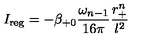
I _ { \mathrm { r e g } } = - \beta _ { + 0 } \frac { \omega _ { n - 1 } } { 1 6 \pi } \frac { r _ { + } ^ { n } } { l ^ { 2 } }